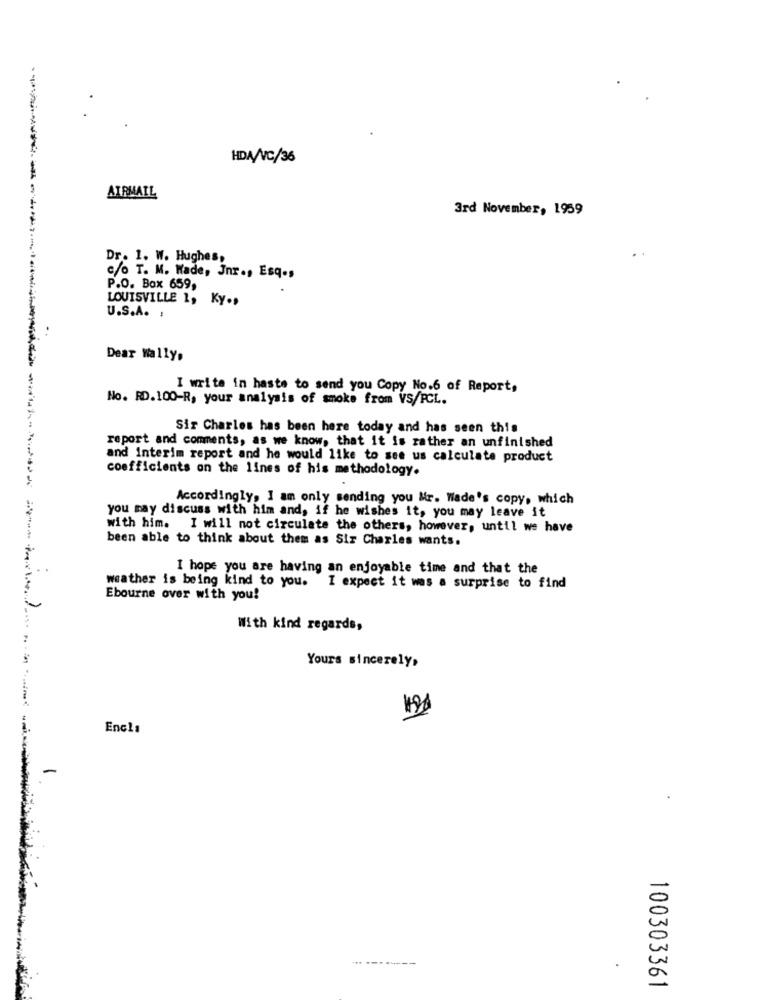
HDA/C/36
AIRMAIL
3rd November, 1959
Dr. 1. W. Hughes,
c/o T. M. Wade, Jnr ., Esq .,
P.O. Box 659,
LOUISVILLE 1, Ky .,
U.S.A. :
Dear Wally,
I write in haste to send you Copy No.6 of Report,
No. RD.100-R, your analysis of smoke from VS/FCL.
Sir Charles has been here today and has seen this
report and comments, as we know, that it is rather an unfinished
and Interim report and he would like to see us calculate product
coefficients on the lines of his methodology.
Accordingly, I am only sending you &r. Wade's copy, which
you may discuss with him and, if he wishes it, you may leave it
with him. I will not circulate the others, however, until we have
been able to think about them as Sir Charles wants.
I hope you are having an enjoyable time and that the
weather is being kind to you. I expect it was a surprise to find
Ebourne over with you!
With kind regards,
Yours sincerely,
Encla
-
...------
100303361